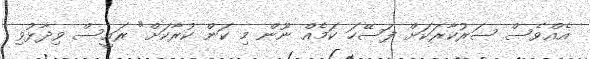
އެއްވެސް ސަރުކާރަކަށް ފަސޭހަ ކަމެއް ނޫން މި ކަން ކުރާކަށް" ރައީސް ވިދާޅުވި